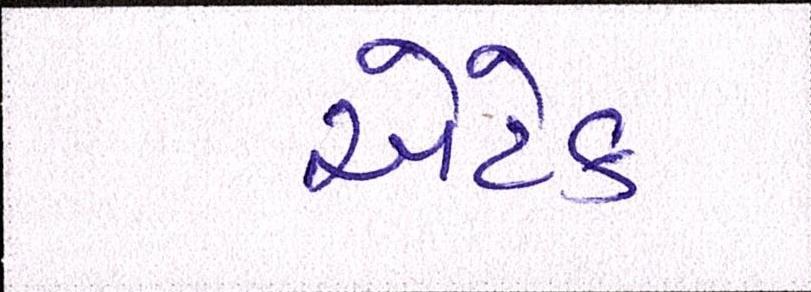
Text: એટેક